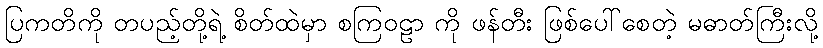
ပြကတိကို တပည့်တို့ရဲ့ စိတ်ထဲမှာ စကြဝဠာ ကို ဖန်တီး ဖြစ်ပေါ်စေတဲ့ မဓာတ်ကြီးလို့